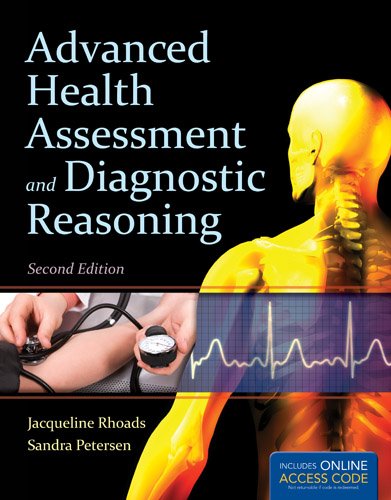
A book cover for Advanced Health Assessment And Diagnostic Reasoning; Jacqueline Rhoads; Medical Books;